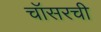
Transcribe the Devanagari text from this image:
चॉसरची